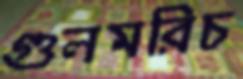
গুলমরিচ